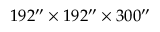
1 9 2 ^ { \prime \prime } \times 1 9 2 ^ { \prime \prime } \times 3 0 0 ^ { \prime \prime }